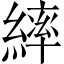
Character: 繂